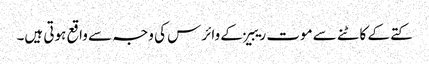
کتے کے کاٹنے سے موت ریبیز کے وائرس کی وجہ سے واقع ہوتی ہیں۔